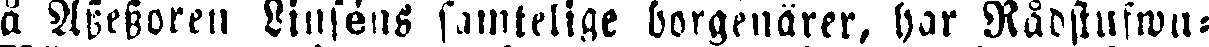
å Assessoren Linséns samtelige borgenärer, har Rådstufwu-